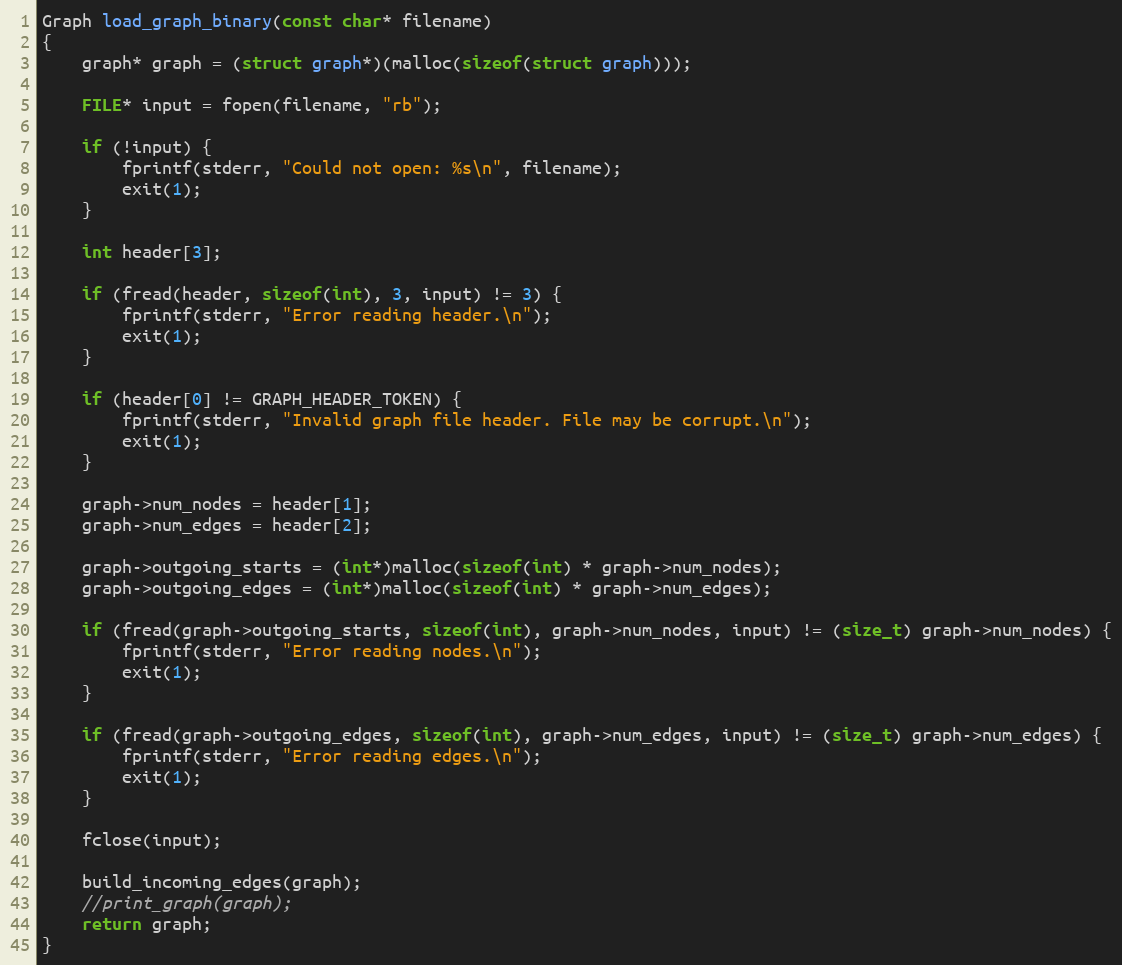
Language: C++
Graph load_graph_binary(const char* filename)
{
    graph* graph = (struct graph*)(malloc(sizeof(struct graph)));

    FILE* input = fopen(filename, "rb");

    if (!input) {
        fprintf(stderr, "Could not open: %s\n", filename);
        exit(1);
    }

    int header[3];

    if (fread(header, sizeof(int), 3, input) != 3) {
        fprintf(stderr, "Error reading header.\n");
        exit(1);
    }

    if (header[0] != GRAPH_HEADER_TOKEN) {
        fprintf(stderr, "Invalid graph file header. File may be corrupt.\n");
        exit(1);
    }

    graph->num_nodes = header[1];
    graph->num_edges = header[2];

    graph->outgoing_starts = (int*)malloc(sizeof(int) * graph->num_nodes);
    graph->outgoing_edges = (int*)malloc(sizeof(int) * graph->num_edges);

    if (fread(graph->outgoing_starts, sizeof(int), graph->num_nodes, input) != (size_t) graph->num_nodes) {
        fprintf(stderr, "Error reading nodes.\n");
        exit(1);
    }

    if (fread(graph->outgoing_edges, sizeof(int), graph->num_edges, input) != (size_t) graph->num_edges) {
        fprintf(stderr, "Error reading edges.\n");
        exit(1);
    }

    fclose(input);

    build_incoming_edges(graph);
    //print_graph(graph);
    return graph;
}